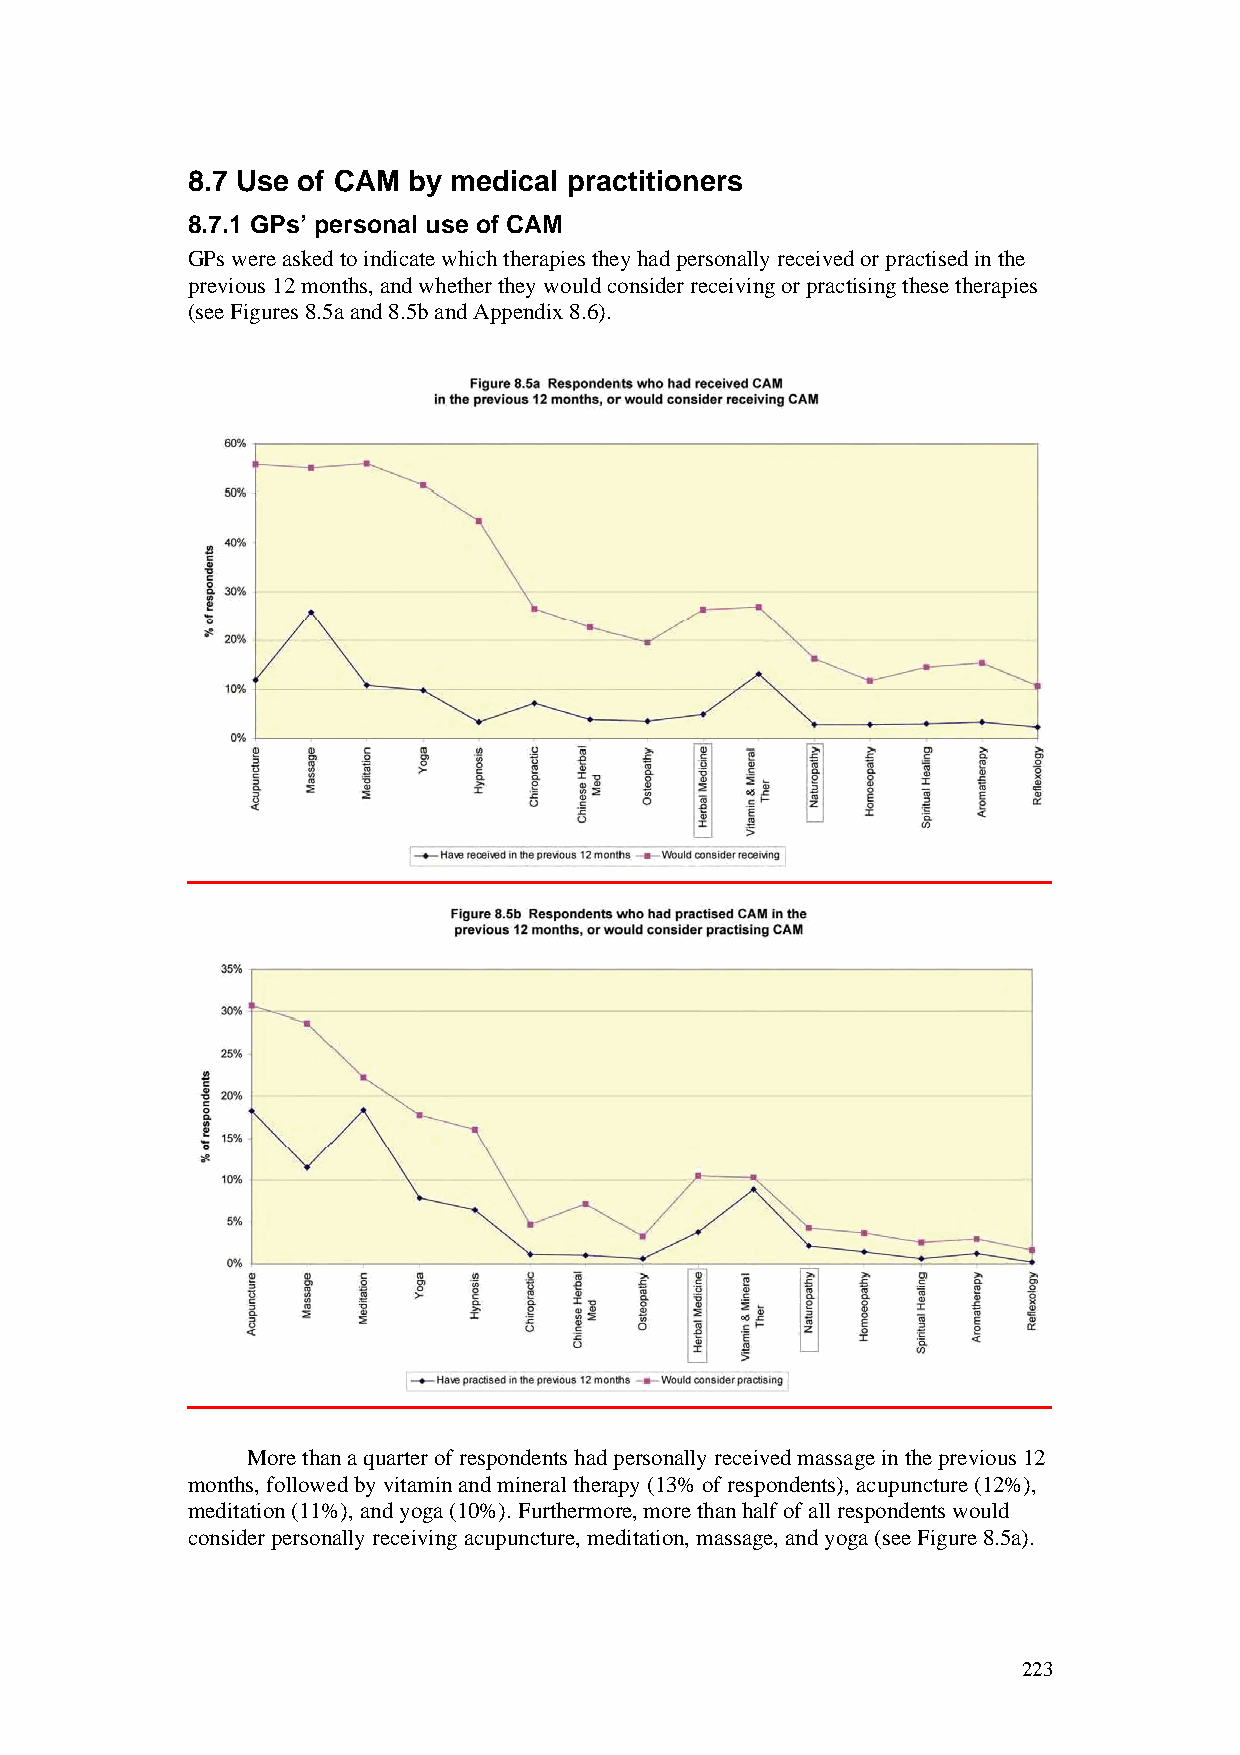
8.7 Use of CAM by medical practitioners
 8.7.1 GPs’ personal use of CAM
 GPs were asked to indicate which therapies they had personally received or practised in the
 previous 12 months, and whether they would consider receiving or practising these therapies
 (see Figures 8.5a and 8.5b and Appendix 8.6).
 More than a quarter of respondents had personally received massage in the previous 12
 months, followed by vitamin and mineral therapy (13% of respondents), acupuncture (12%),
 meditation (11%), and yoga (10%). Furthermore, more than half of all respondents would
 consider personally receiving acupuncture, meditation, massage, and yoga (see Figure 8.5a).
 223